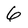
Character: 6